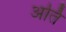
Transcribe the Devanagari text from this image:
अर्ति